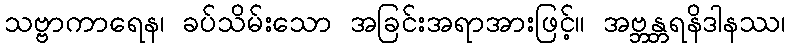
သဗ္ဗာကာရေန၊ ခပ်သိမ်းသော အခြင်းအရာအားဖြင့်။ အဗ္ဘန္တရနိဒါနဿ၊